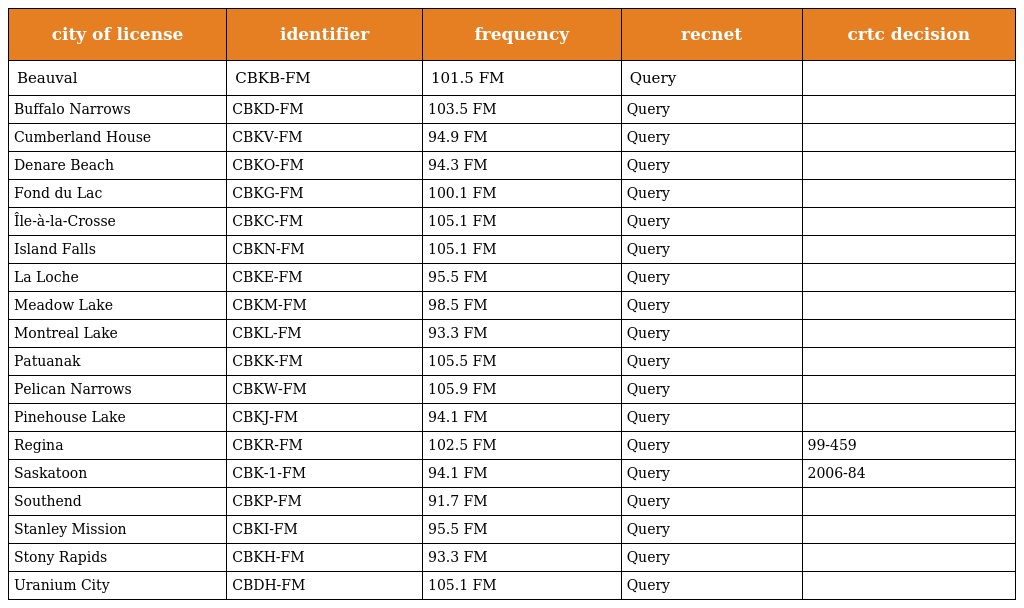
| city of license | identifier | frequency | recnet | crtc decision |
 | --- | --- | --- | --- | --- |
 | Beauval | CBKB-FM | 101.5 FM | Query |  |
 | Buffalo Narrows | CBKD-FM | 103.5 FM | Query |  |
 | Cumberland House | CBKV-FM | 94.9 FM | Query |  |
 | Denare Beach | CBKO-FM | 94.3 FM | Query |  |
 | Fond du Lac | CBKG-FM | 100.1 FM | Query |  |
 | Île-à-la-Crosse | CBKC-FM | 105.1 FM | Query |  |
 | Island Falls | CBKN-FM | 105.1 FM | Query |  |
 | La Loche | CBKE-FM | 95.5 FM | Query |  |
 | Meadow Lake | CBKM-FM | 98.5 FM | Query |  |
 | Montreal Lake | CBKL-FM | 93.3 FM | Query |  |
 | Patuanak | CBKK-FM | 105.5 FM | Query |  |
 | Pelican Narrows | CBKW-FM | 105.9 FM | Query |  |
 | Pinehouse Lake | CBKJ-FM | 94.1 FM | Query |  |
 | Regina | CBKR-FM | 102.5 FM | Query | 99-459 |
 | Saskatoon | CBK-1-FM | 94.1 FM | Query | 2006-84 |
 | Southend | CBKP-FM | 91.7 FM | Query |  |
 | Stanley Mission | CBKI-FM | 95.5 FM | Query |  |
 | Stony Rapids | CBKH-FM | 93.3 FM | Query |  |
 | Uranium City | CBDH-FM | 105.1 FM | Query |  |